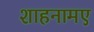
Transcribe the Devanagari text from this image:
शाहनामए